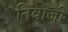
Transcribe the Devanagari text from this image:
निवाजो